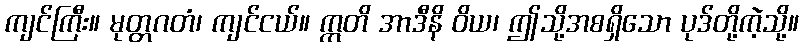
ကျင်ကြီး။ မုတ္တဂတံ၊ ကျင်ငယ်။ ဣတိ အာဒီနိ ဝိယ၊ ဤသို့အစရှိသော ပုဒ်တို့ကဲ့သို့။